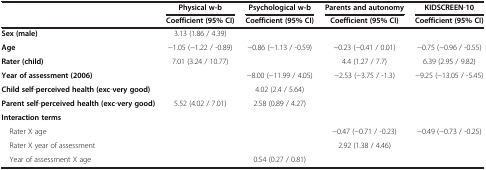
<table><thead><tr><td><b> </b></td><td><b>Physical w-b</b></td><td><b>Psychological w-b</b></td><td><b>Parents and autonomy</b></td><td><b>KIDSCREEN-10</b></td></tr></thead><tbody><tr><td> </td><td><b>Coefficient (95% CI)</b></td><td><b>Coefficient (95% CI)</b></td><td><b>Coefficient (95% CI)</b></td><td><b>Coefficient (95% CI)</b></td></tr><tr><td><b>Sex </b><b>(male)</b></td><td>3.13 (1.86 / 4.39)</td><td> </td><td> </td><td> </td></tr><tr><td><b>Age</b></td><td>−1.05 (−1.22 / -0.89)</td><td>−0.86 (−1.13 / -0.59)</td><td>−0.23 (−0.41 / 0.01)</td><td>−0.75 (−0.96 / -0.55)</td></tr><tr><td><b>Rater </b><b>(child)</b></td><td>7.01 (3.24 / 10.77)</td><td> </td><td>4.4 (1.27 / 7.7)</td><td>6.39 (2.95 / 9.82)</td></tr><tr><td><b>Year of assessment </b><b>(2006)</b></td><td> </td><td>−8.00 (−11.99 / 4.05)</td><td>−2.53 (−3.75 / -1.3)</td><td>−9.25 (−13.05 / -5.45)</td></tr><tr><td><b>Child self</b>-<b>perceived health </b><b>(exc</b>-<b>very good)</b></td><td> </td><td>4.02 (2.4 / 5.64)</td><td> </td><td> </td></tr><tr><td><b>Parent self</b>-<b>perceived health </b><b>(exc</b>-<b>very good)</b></td><td>5.52 (4.02 / 7.01)</td><td>2.58 (0.89 / 4.27)</td><td> </td><td> </td></tr><tr><td><b>Interaction terms</b></td><td> </td><td> </td><td> </td><td> </td></tr><tr><td> Rater X age</td><td> </td><td> </td><td>−0.47 (−0.71 / -0.23)</td><td>−0.49 (−0.73 / -0.25)</td></tr><tr><td> Rater X year of assessment</td><td> </td><td> </td><td>2.92 (1.38 / 4.46)</td><td> </td></tr><tr><td> Year of assessment X age</td><td> </td><td>0.54 (0.27 / 0.81)</td><td> </td><td> </td></tr></tbody></table>